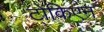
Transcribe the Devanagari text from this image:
टोकिएन